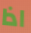
اذا